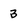
Character: 3